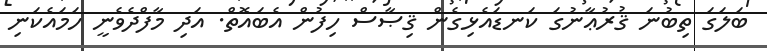
ބަލަގަ ތިބުނަަ ޤުރުޢާނުގަ ކަނޑައެޅިގެން ޤިޞާސް ހިފުން އެބައޮތް. އަދި މާފްދެވެނީ ހަމައެކަނި